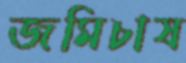
জমিচাষ